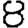
Digit: 8